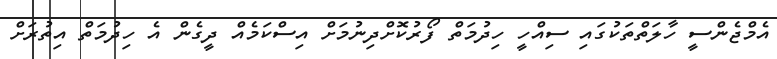
އެމްޖެންސީ ހާލަތްތަކުގައި ސިއްހީ ހިދުމަތް ފޯރުކޮށްދިނުމަށް އިސްކަމެއް ދީގެން އެ ހިދުމަތް އިތުރަށް